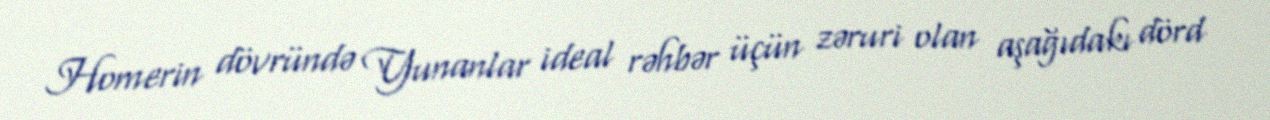
Homerin dövründə Yunanlar ideal rəhbər üçün zəruri olan aşağıdakı dörd